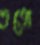
ততো